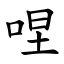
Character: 㖏